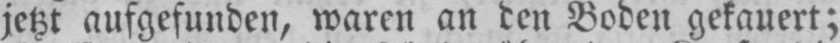
jetzt aufgefunden, waren an den Boden gekauert;